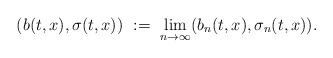
\begin{align*}(b(t,x),\sigma(t,x)) \ := \ \lim_{n\rightarrow\infty}(b_n(t,x),\sigma_n(t,x)).\end{align*}